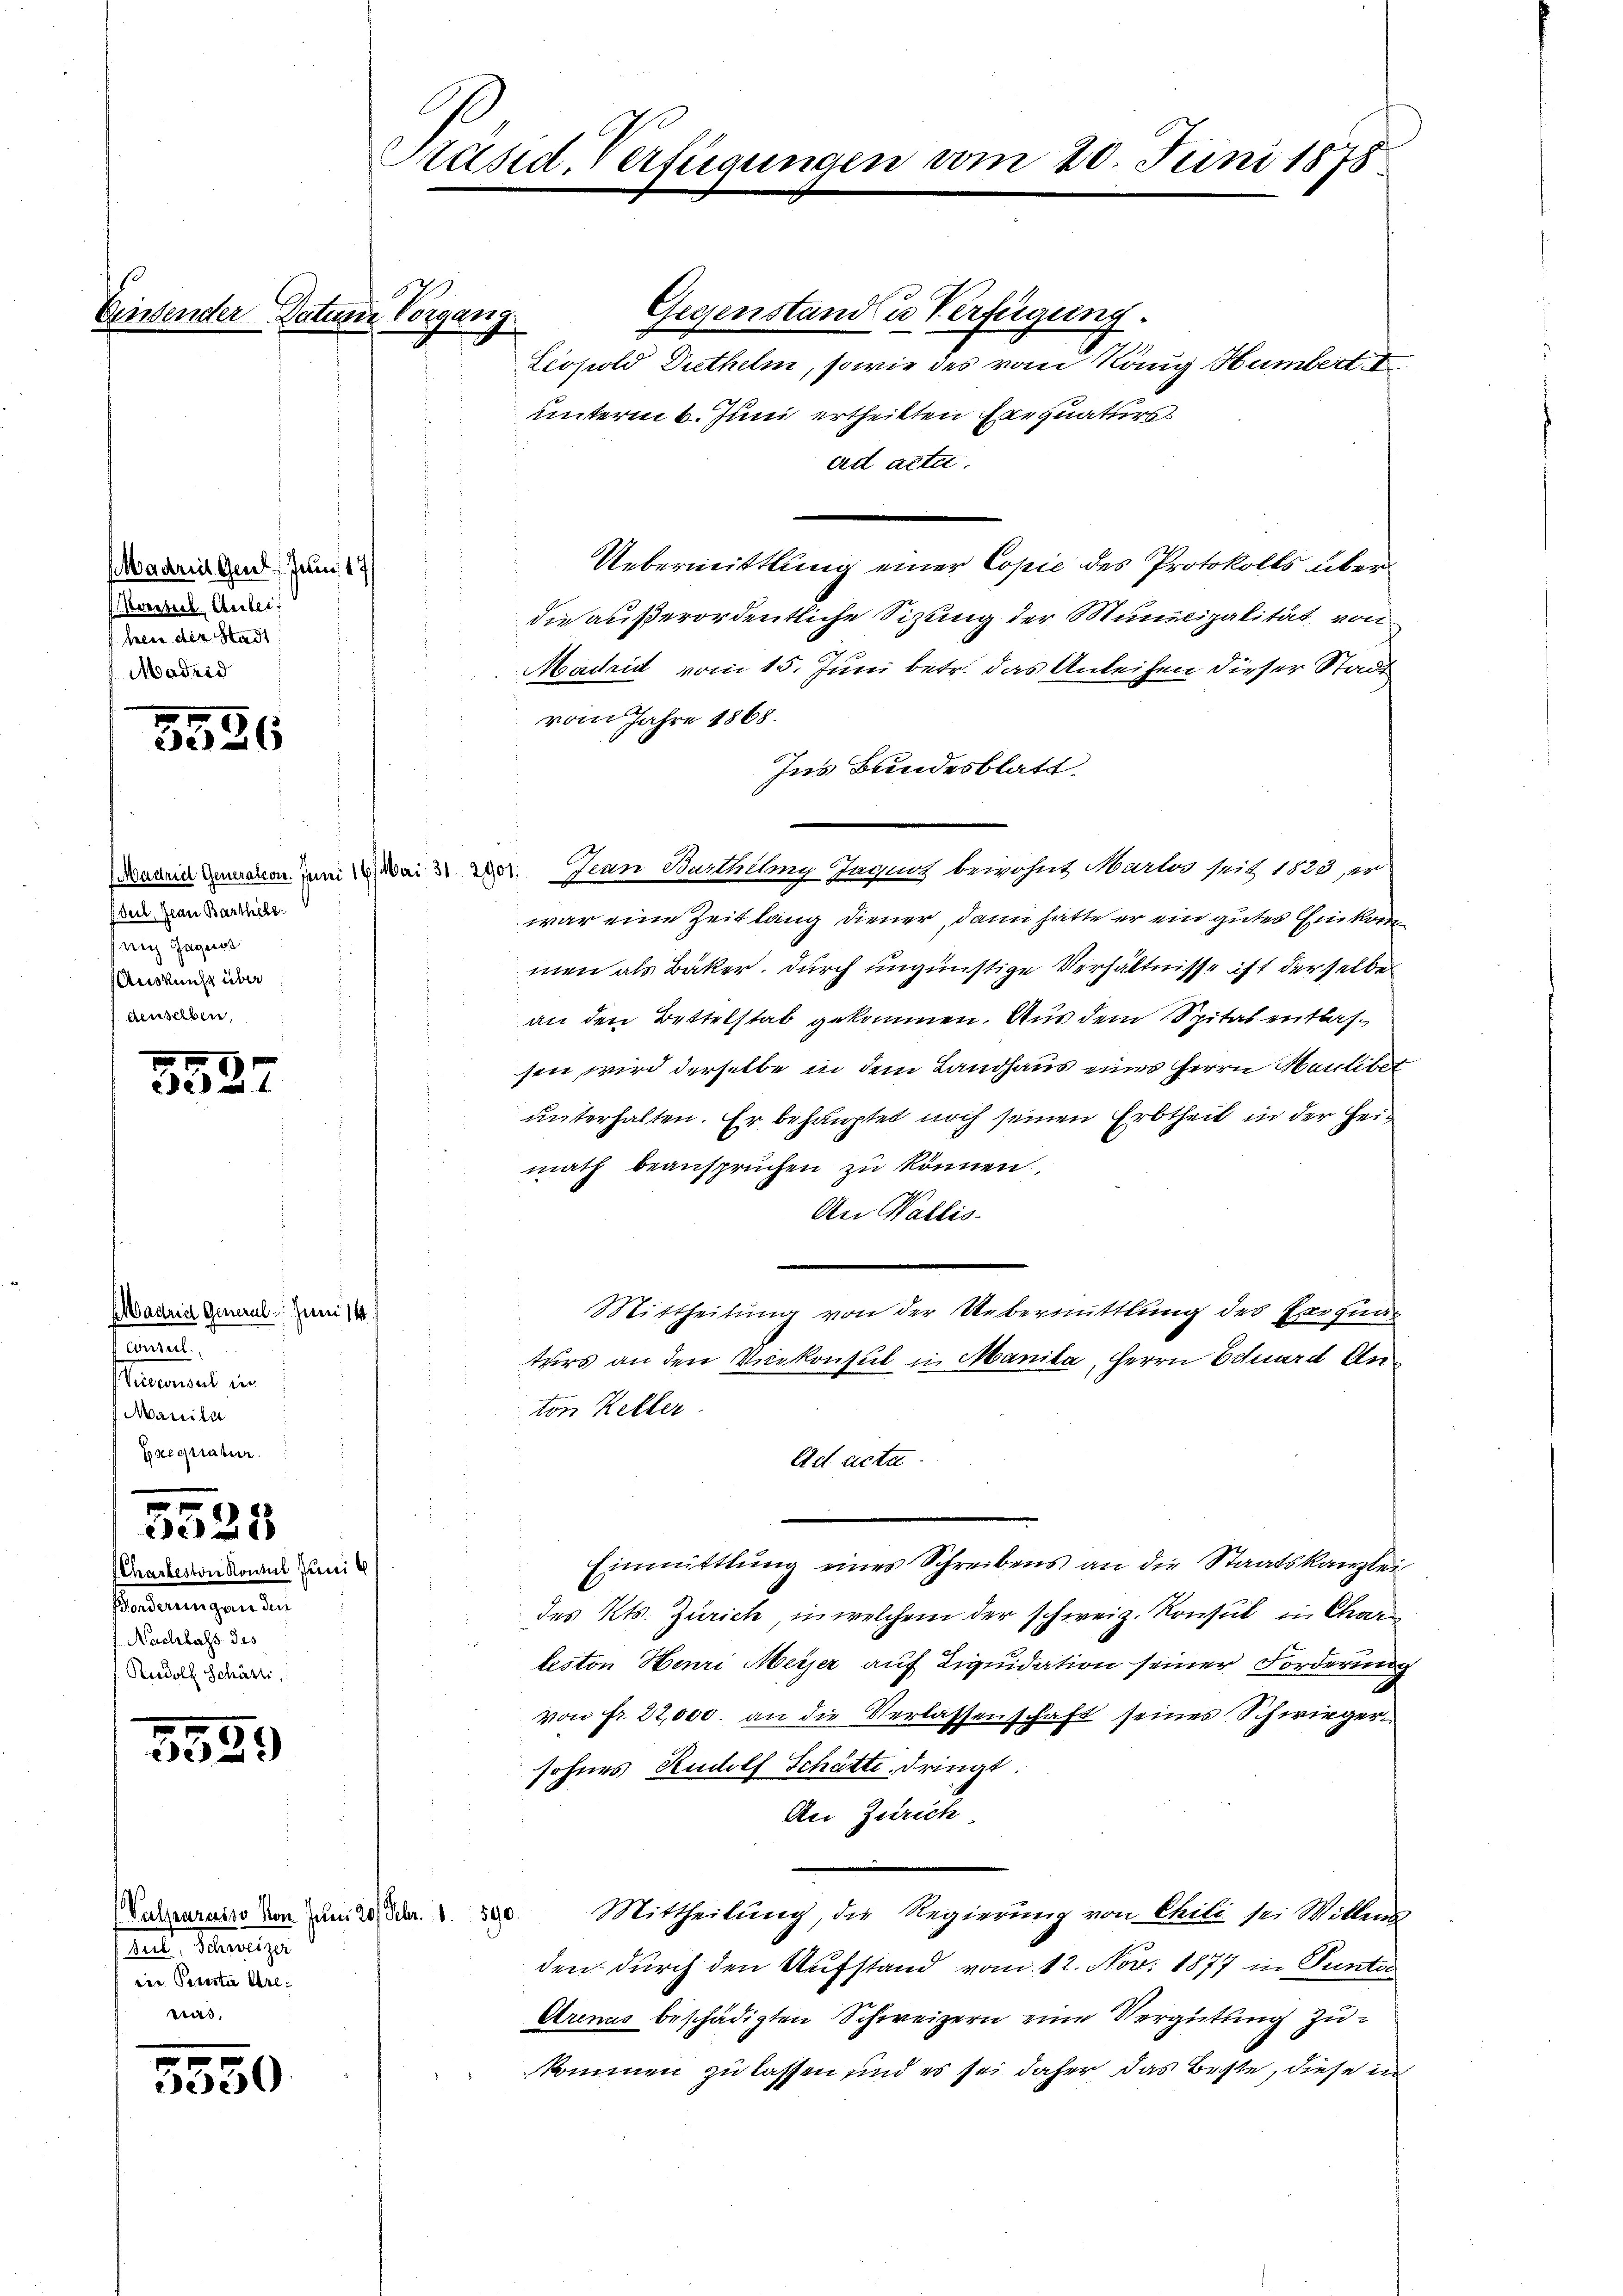
5536

Sul, Jean Barthele
sung Gegens
Auskunft über
denselben,

5527

Madrich General Juni 14
fannes.
Viclconsul in
Marile
Erequatur

0
21

Charteston Kontul Juni
Bondereingen den
Nachlass des
Rudolf Schärti

1
3523

Ant. Schreiniger
eie Pruster Are
was,

.
30

Einssender Datum Vorgang.

Madries Gent, Juni 17
Kerteil. Anleihen der Stadt
Madrid

Päsid. Verfügungen vom 20. Juni 1878

Gegenstand u Verfügung.
Leopold Diethelm, sowie des vom König Humbert. I
unterm 6. Juni ertheilten Exequaturs
ard acte.
Uebermittlung einer Copie des Protokolls überdie außerordentliche Sitzung der Municipalität, von
Madrid vom 15. Juni betr. das Anleihen dieser Stadt
vom Jahre 1868.
Ins Bundesblatt
Dasein gemalen zum 1. Mai & der Jean Burthey Tagnot bewohnt Martos sitz 1833, er
war eine Zeit lang diener, dann hätte er ein gutes Einkommen als Bäker. Durch ungünstige Verhältnisse ist derselbe
an den Bettelstab gekommen. Aus dem Spital entlassen wird derselbe in dem Landhaus eines Herrn Haulibet
unterhalten. Er behauptet noch seinen Erbtheil in der Heimath beansprüchen zu können.
An Wallis¬
Mittheilung von der Uebermittlung des Passung
turs an den Vicekonsul in Manita, Herrn Eduard Anton Keller.
Ad acta.
Einmittlung eines Schreibens an die Staatskanzlei
des Kts. Zürich, in welchem der schweiz. Konsul in Char
leston Henri Meyer auf Liquidation seiner Forderung
von fr. 22,000. an die Verlassenschaft seines Schwiegersohnes Rudolf Schätte, dringt.
An Zürich.
Vahraraiso von Juni 280 Fr. S. 320. Mittheilung, die Regierung von Chili sei Mitters
den durch den Aufstand vom 12. Nov. 1877 in Punta
Arenaus beschädigten Schweizern eine Vergütung zukommen zu lassen und es sei daher das Beste, diese in